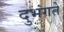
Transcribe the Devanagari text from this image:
दुभंगते